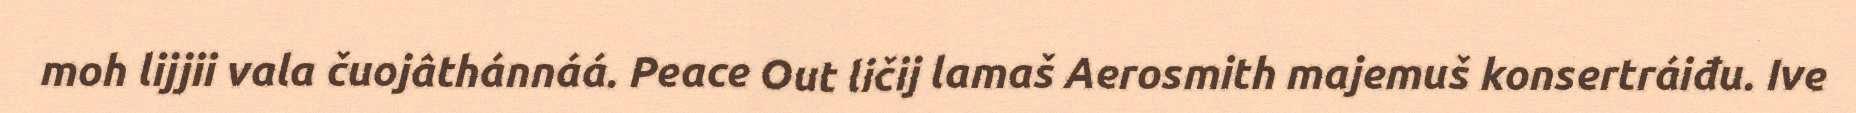
moh lijjii vala čuojâthánnáá. Peace Out ličij lamaš Aerosmith majemuš konsertráiđu. Ive